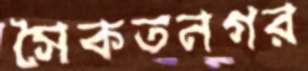
সৈকতনগর